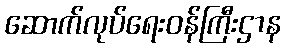
ဆောက်လုပ်ရေးဝန်ကြီးဌာန